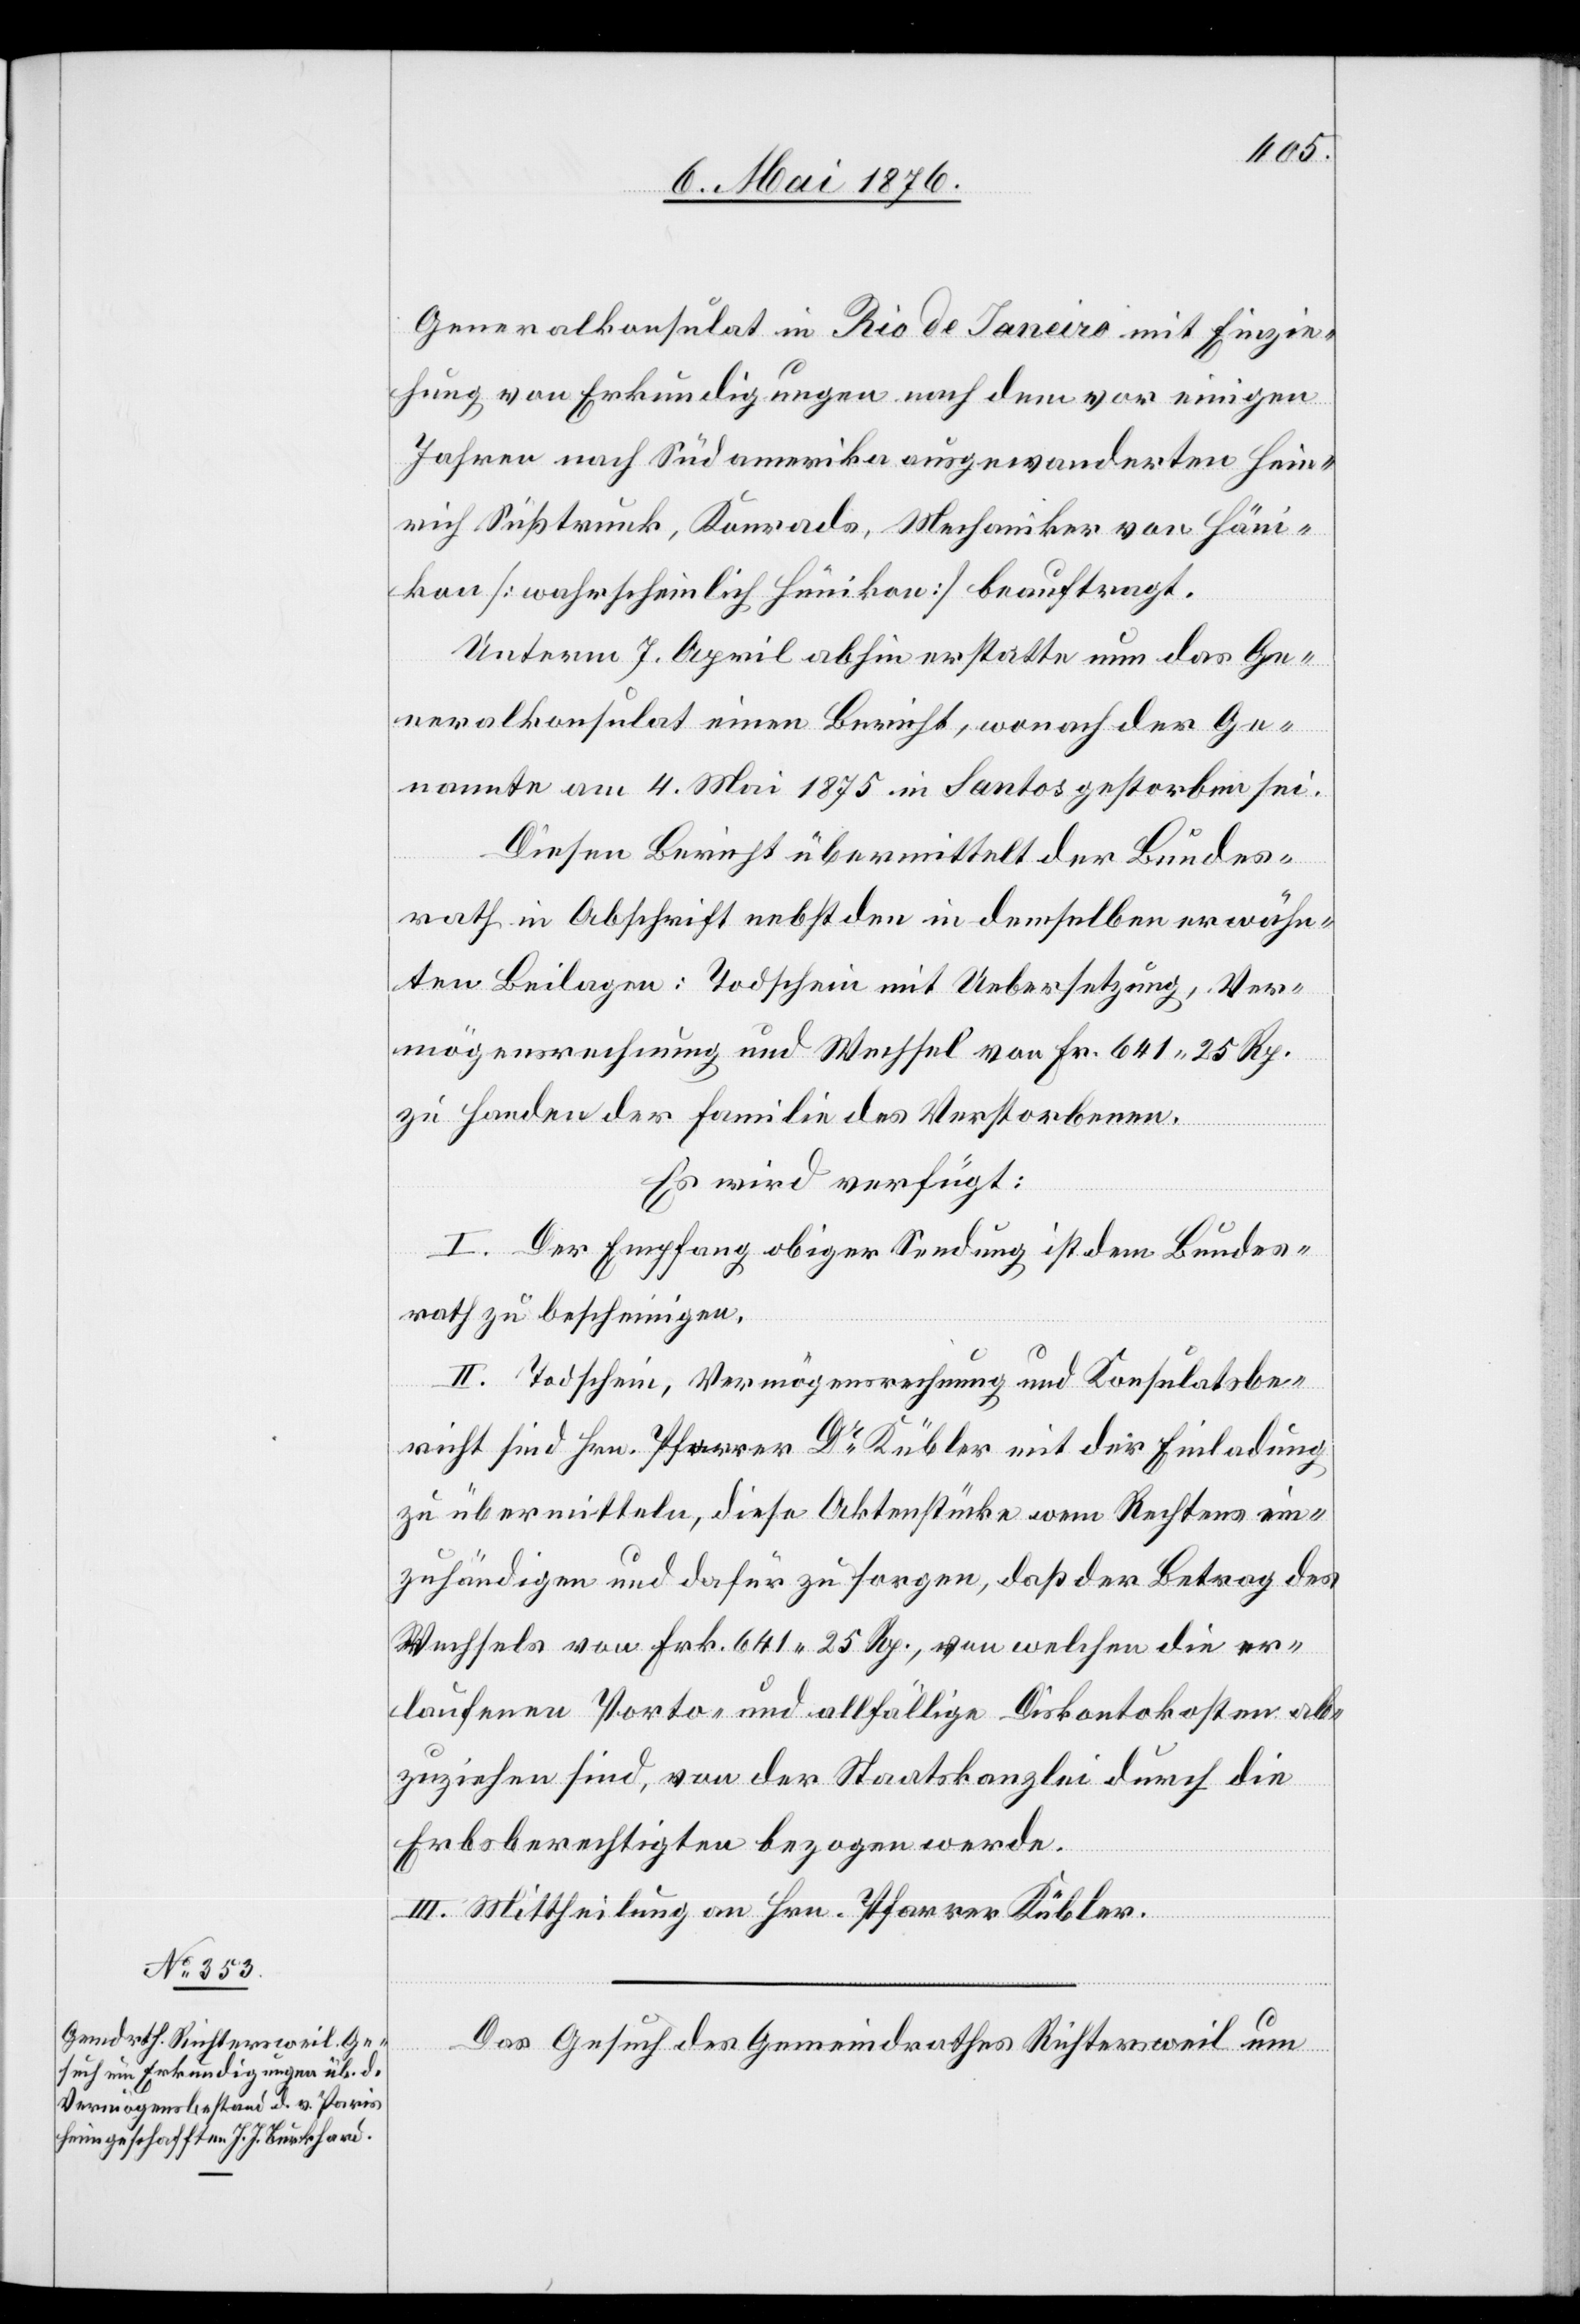
11. Mai 1876.]
Generalkonsulat in Rio de Janeiro mit Einzie¬
hung von Erkundigungen nach dem vor einigen
Jahren nach Südamerika ausgewanderten Hein¬
rich Süßtrunk, Konrads, Mechaniker von Häni¬
kon [wahrscheinlich Hünikon] beauftragt.
Unterm 7. April abhin erstatte nun das Ge¬
neralkonsulat einen Bericht, wonach der Ge¬
nannte am 4. Mai 1875 in Santos gestorben sei.
Diesen Bericht übermittelt der Bundes¬
rath in Abschrift nebst den in demselben erwähn¬
ten Beilagen: Todschein mit Uebersetzung, Ver¬
mögensrechnung und Wechsel von Fr. 641 25 Rp.
zu Handen der Familie des Verstorbenen
Es wird verfügt:
I. Der Empfang obiger Sendung ist dem Bundes¬
rath zu bescheinigen.
II. Todschein, Vermögensrechnung und Konsulatsbe¬
richt sind Hrn. Pfarrer Dr Kübler mit der Einladung
zu übermitteln, diese Aktenstücke wem Rechtens ein¬
zuhändigen und dafür zu sorgen ,daß der Betrag des
Wechselns von Frk. 641 25 Rp., von welchen die er¬
laufenen Porto- und allfällige Diskontokosten ab¬
zuziehen sind, von der Staatskanzlei durch die
Erbsberechtigten bezogen werde.
III. Mittheilung an Hrn. Pfarrer Kübler.
Das Gesuch des Gemeindrathes Richtersweil um